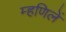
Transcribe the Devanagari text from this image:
म्हणिलें